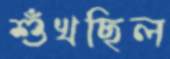
শুঁখছিল